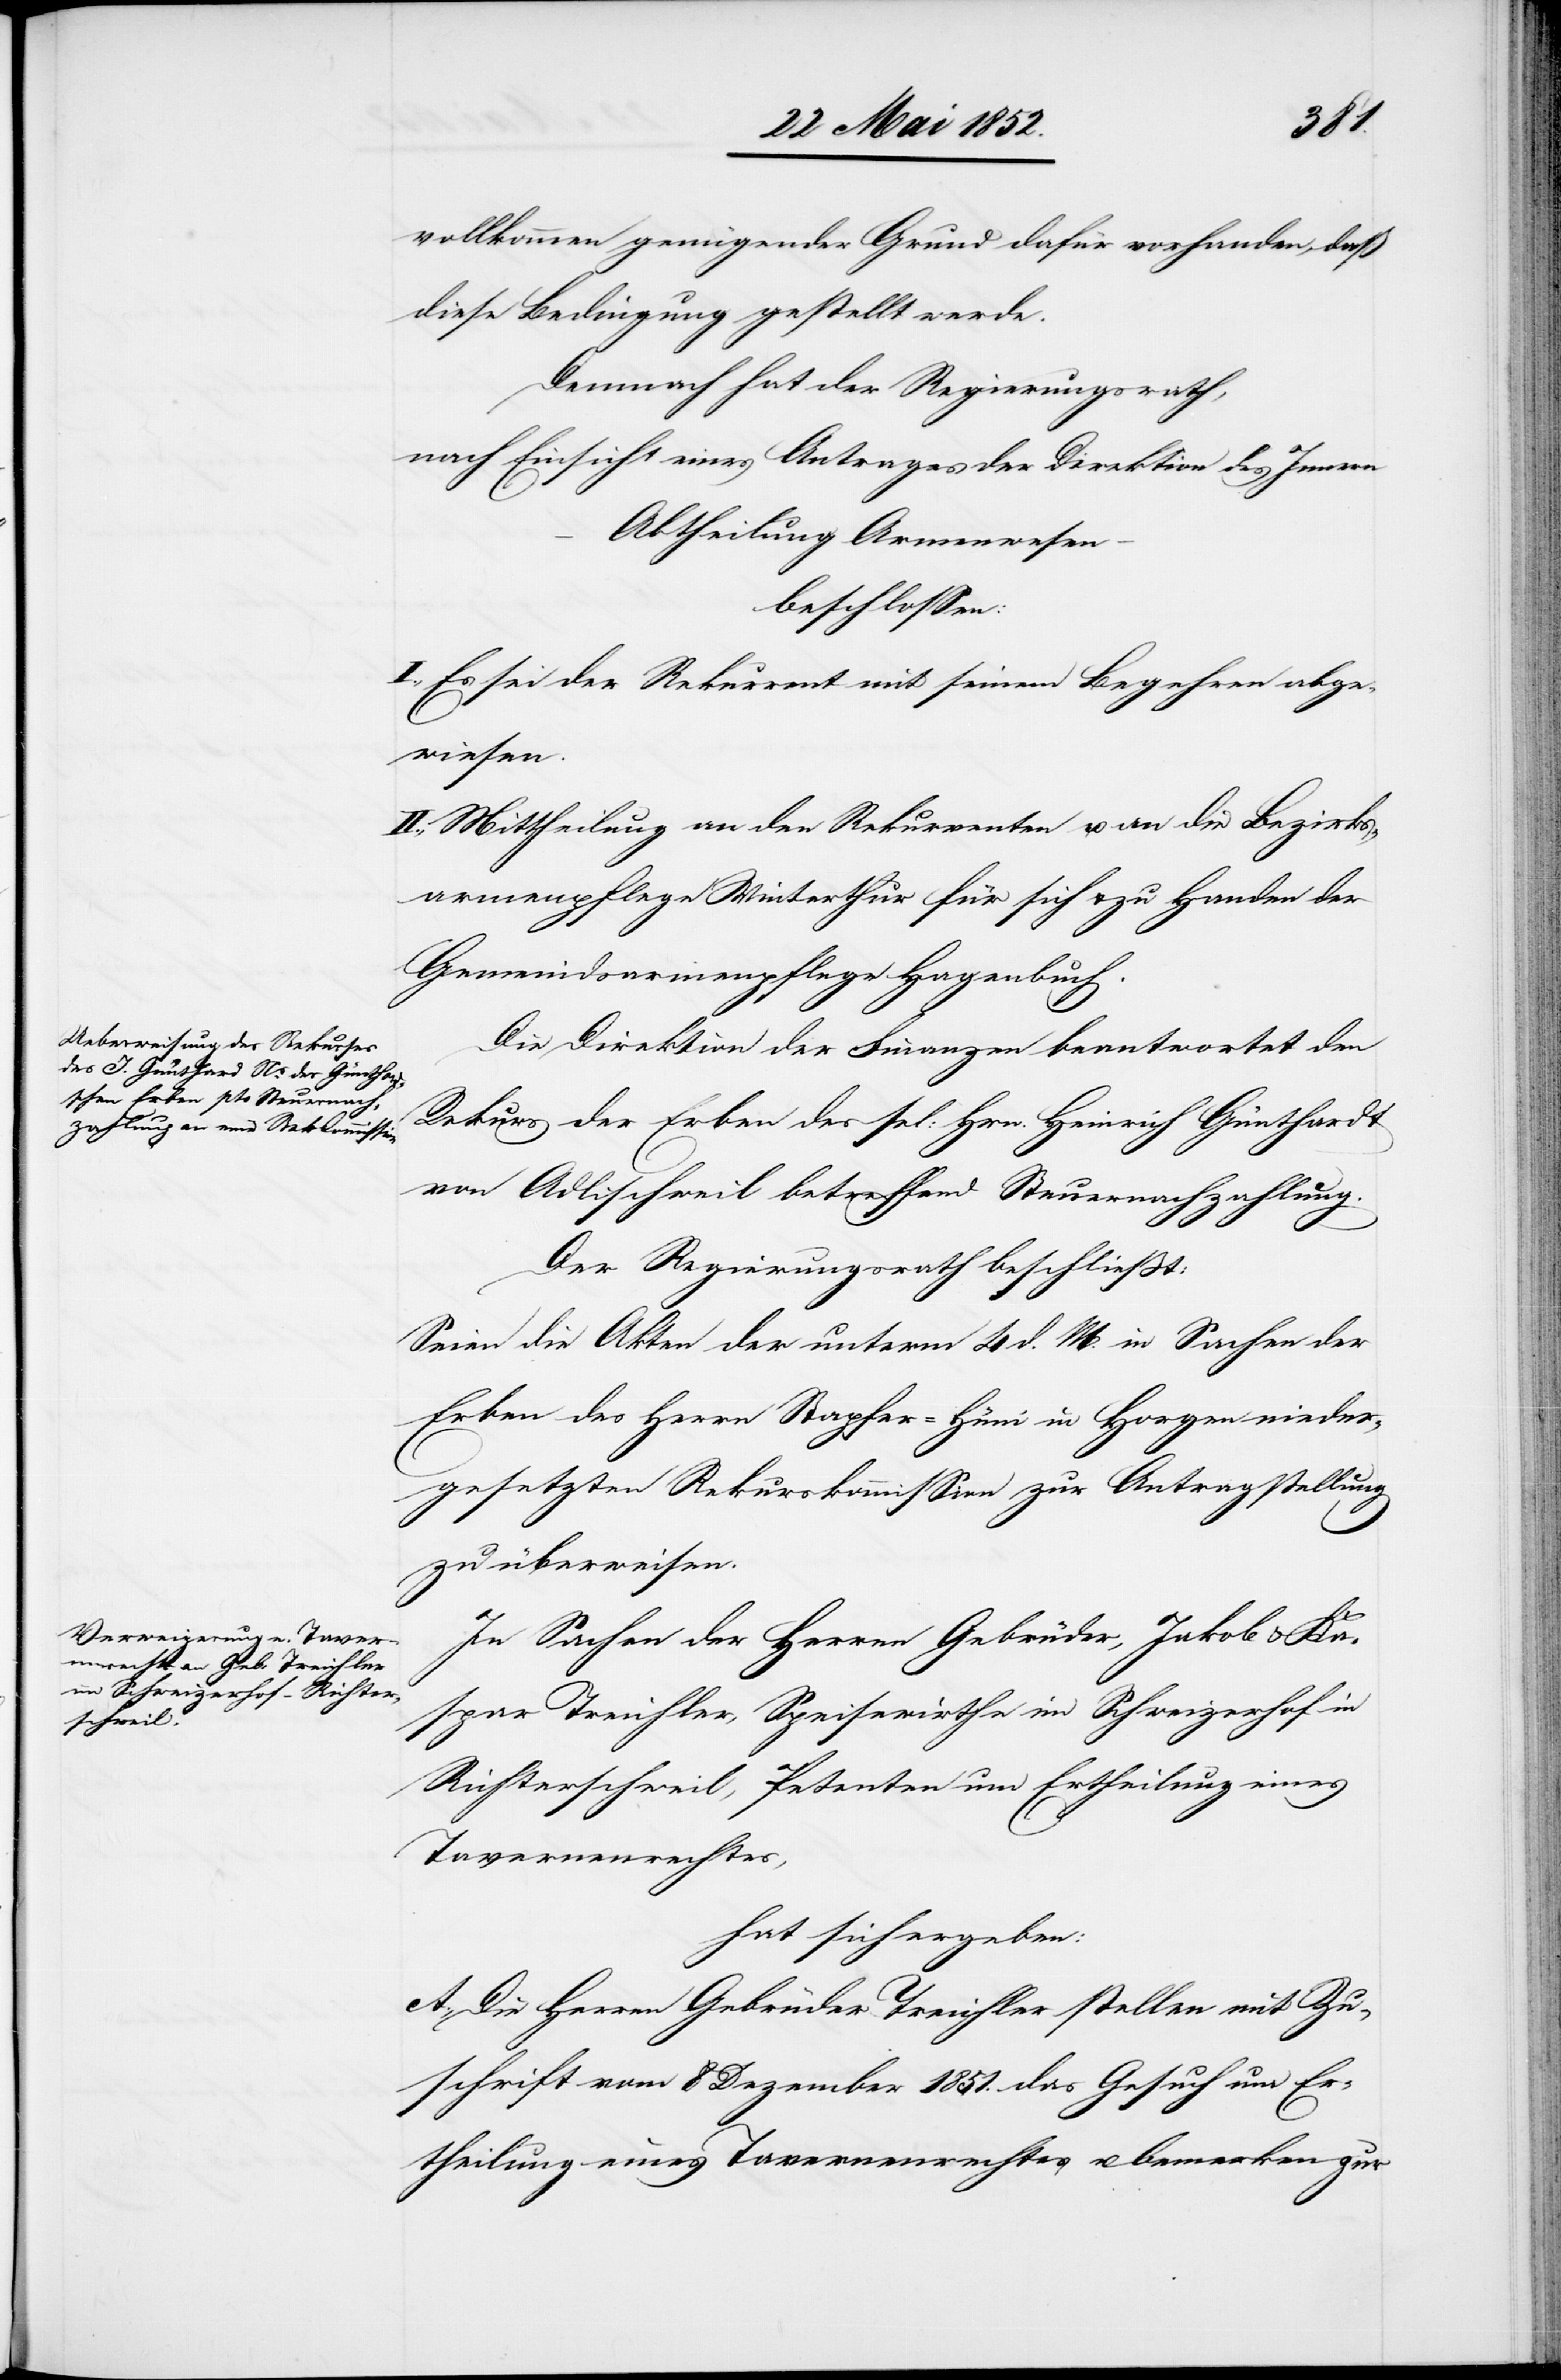
vollkommen genügender Grund dafür vorhanden, daß
diese Bedingung gestellt werde.
Demnach hat der Regierungsrath,
nach Einsicht eines Antrages der Direktion des Innern
Abtheilung Armenwesen
beschlossen:
I., Es sei der Rekurrent mit seinem Begehren abge¬
wiesen.
II., Mittheilung an den Rekurrenten u. an die Bezirks¬
armenpflege Winterthur für sich & zu Handen der
Gemeindsarmenpflege Hagenbuch.
Die Direktion der Finanzen beantwortet den
Rekurs der Erben des sel: Hrn. Heinrich Günthardt
von Adlischweil betreffend Steuernachzahlung.
Der Regierungsrath beschliesst:
Seien die Akten der unterm 4 d. M. in Sachen der
Erben des Herrn Stapfer-Hüni in Horgen nieder¬
gesetzten Rekurskommission zur Antragstellung
zu überweisen.
In Sachen der Herren Gebrüder, Jakob & Ka¬
spar Treichler, Speisewirthe im Schweizerhof in
Richterschweil, Petenten um Ertheilung eines
Tavernenrechtes,
hat sich ergeben:
A. Die Herren Gebrüder Treichler stellen mit Zu¬
schrift vom 8 Dezember 1851. das Gesuch um Er¬
theilung eines Tavernenrechtes u. bemerken zur